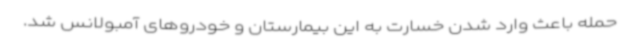
حمله باعث وارد شدن خسارت به این بیمارستان و خودروهای آمبولانس شد.